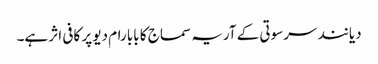
دیانند سرسوتی کے آریہ سماج کا بابا رام دیو پر کافی اثر ہے۔